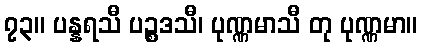
၇၃။ ပန္နရသီ ပဉ္စဒသီ၊ ပုဏ္ဏမာသီ တု ပုဏ္ဏမာ။